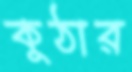
কুঠার